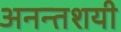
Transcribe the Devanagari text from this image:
अनन्तशयी